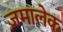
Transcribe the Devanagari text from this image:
ज़मालेक